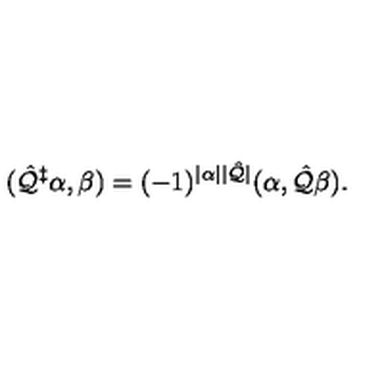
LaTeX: ( \hat { \cal Q } ^ { \ddagger } \alpha , \beta ) = ( - 1 ) ^ { | \alpha | | \hat { \cal Q } | } ( \alpha , \hat { \cal Q } \beta ) .